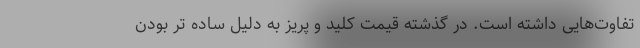
تفاوت‌هایی داشته است. در گذشته قیمت کلید و پریز به دلیل ساده تر بودن